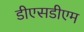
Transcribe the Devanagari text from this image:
डीएसडीएम